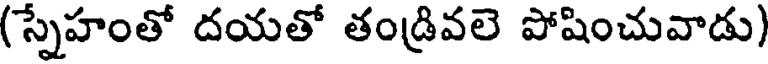
(స్నేహంతో దయతో తండ్రివలె పోషించువాడు)